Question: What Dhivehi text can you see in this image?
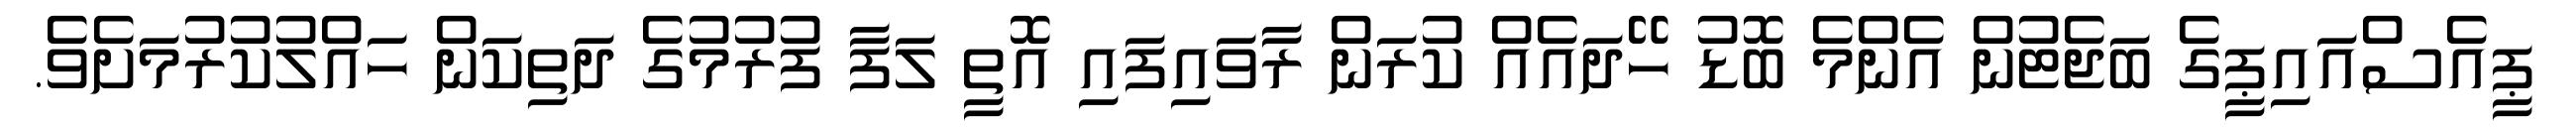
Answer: ޕީއެސްއައިޕީގެ ބަޖެޓުން އެންމެ ބޮޑު ހޭދައެއް ކުރަން ރާވައިފައި އޮތީ ލަފާ ފުރުމުގެ ދަތިކަން ހައްލުކުރުމަށެވެ.